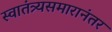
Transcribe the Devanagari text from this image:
स्वातंत्र्यसमारानंतर